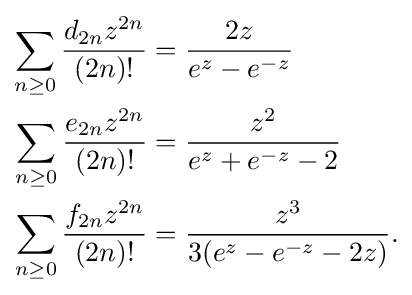
{\begin{aligned}\sum _{n\geq 0}{\frac {d_{2n}z^{2n}}{(2n)!}}&={\frac {2z}{e^{z}-e^{-z}}}\\\sum _{n\geq 0}{\frac {e_{2n}z^{2n}}{(2n)!}}&={\frac {z^{2}}{e^{z}+e^{-z}-2}}\\\sum _{n\geq 0}{\frac {f_{2n}z^{2n}}{(2n)!}}&={\frac {z^{3}}{3(e^{z}-e^{-z}-2z)}}.\end{aligned}}